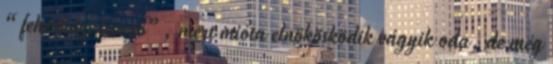
“fehérházi levegő”, mert mióta elnökösködik vágyik oda, de még